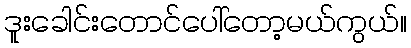
ဒူးခေါင်းတောင်ပေါ်တော့မယ်ကွယ်။